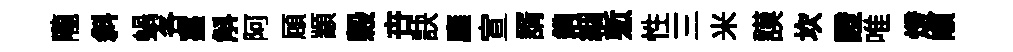
隴斜蝸各薹斛阿頋顓榖卋訣廱宣諝鐫絪慙性三米謨坎證唯燈顒